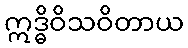
ဣဒ္ဓိဝိသဝိတာယ